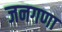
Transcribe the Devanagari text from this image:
जनगणा